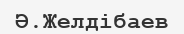
Ә.Желдібаев